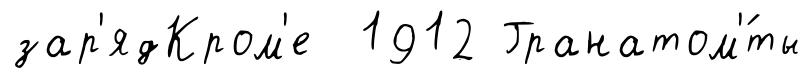
зар'ядКром'е 1912 Гранатом'́ты